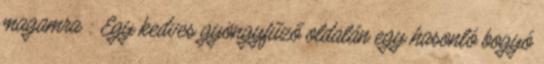
magamra : Egy kedves gyöngyfűző oldalán egy hasonló bogyó